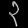
Digit: ၃